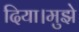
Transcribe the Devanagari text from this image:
दिया।मुझे